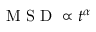
\textrm { M S D } \propto t ^ { \alpha }